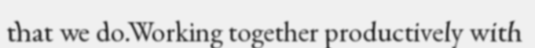
that we do.Working together productively with